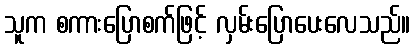
သူက စကားပြောစက်ဖြင့် လှမ်းပြောပေးလေသည်။